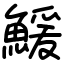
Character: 鰀